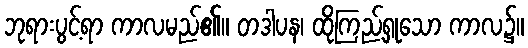
ဘုရားပွင့်ရာ ကာလမည်၏။ တဒါပန၊ ထိုကြည့်ရှုသော ကာလ၌။